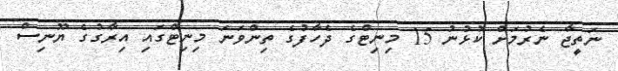
ނަތީޖާ ނެރުމަށް ކުޅުނު 15 މިނިޓްގެ ދެހާފުގެ ތިންވަނަ މިނިޓްގައި އިރާގުގެ ޔޫނިސް